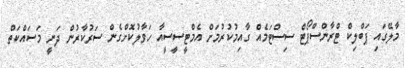
މާލޭގައި ޕަބްލިކް ޓްރާންސްޕޯޓް ސިސްޓަމެއް ގާއިމުކުރުމަށް އެމްޓީސީސީއާ ހަވާލުކޮށްގެން ސަރުކާރުން ދަނީ މަސައްކަތް